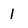
Character: 1